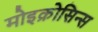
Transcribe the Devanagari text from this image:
मोइक्रोसिन्स